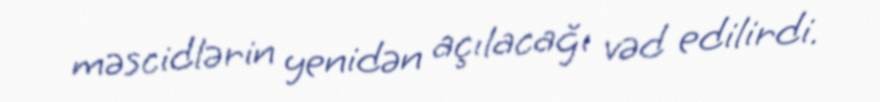
məscidlərin yenidən açılacağı vəd edilirdi.